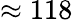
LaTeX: \approx 118